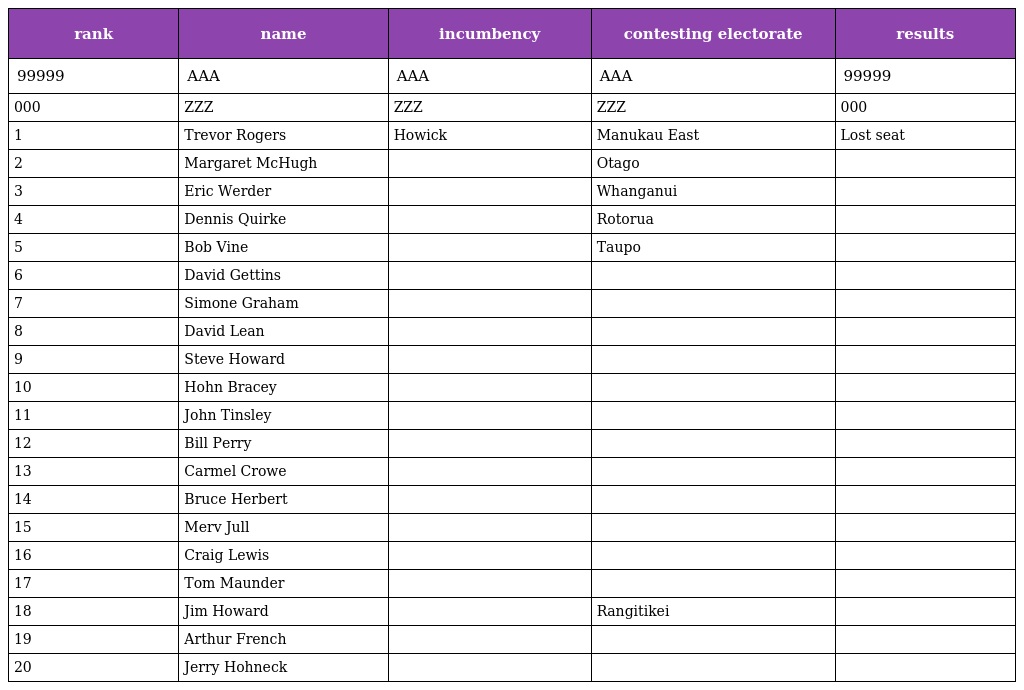
| rank | name | incumbency | contesting electorate | results |
 | --- | --- | --- | --- | --- |
 | 99999 | AAA | AAA | AAA | 99999 |
 | 000 | ZZZ | ZZZ | ZZZ | 000 |
 | 1 | Trevor Rogers | Howick | Manukau East | Lost seat |
 | 2 | Margaret McHugh |  | Otago |  |
 | 3 | Eric Werder |  | Whanganui |  |
 | 4 | Dennis Quirke |  | Rotorua |  |
 | 5 | Bob Vine |  | Taupo |  |
 | 6 | David Gettins |  |  |  |
 | 7 | Simone Graham |  |  |  |
 | 8 | David Lean |  |  |  |
 | 9 | Steve Howard |  |  |  |
 | 10 | Hohn Bracey |  |  |  |
 | 11 | John Tinsley |  |  |  |
 | 12 | Bill Perry |  |  |  |
 | 13 | Carmel Crowe |  |  |  |
 | 14 | Bruce Herbert |  |  |  |
 | 15 | Merv Jull |  |  |  |
 | 16 | Craig Lewis |  |  |  |
 | 17 | Tom Maunder |  |  |  |
 | 18 | Jim Howard |  | Rangitikei |  |
 | 19 | Arthur French |  |  |  |
 | 20 | Jerry Hohneck |  |  |  |